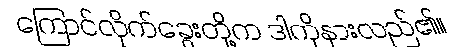
ကြောင်လိုက်ခွေးတို့က ဒါကိုနားလည်၏။